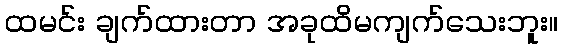
ထမင်း ချက်ထားတာ အခုထိမကျက်သေးဘူး။